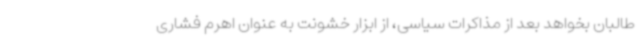
طالبان بخواهد بعد از مذاکرات سیاسی، از ابزار خشونت به عنوان اهرم فشاری